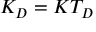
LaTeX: K _ { D } = K T _ { D }